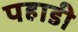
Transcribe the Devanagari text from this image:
पहाडी